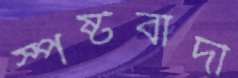
স্পষ্টবাদী